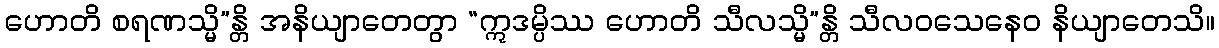
ဟောတိ စရဏသ္မိ”န္တိ အနိယျာတေတွာ “ဣဒမ္ပိဿ ဟောတိ သီလသ္မိ”န္တိ သီလဝသေနေဝ နိယျာတေသိ။